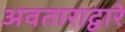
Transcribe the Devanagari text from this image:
अवताराद्वारे